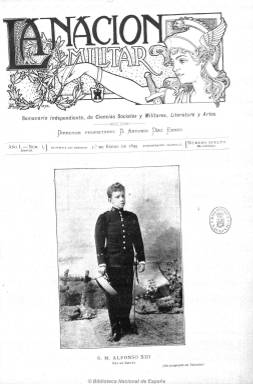
Título: La Nación militar
Colección: Fuerzas armadas
Ámbito geográfico: Madrid
Lugar de publicación: Madrid
Fechas: 01/01/1899-28/12/1912

Subtitulado “semanario independiente de ciencias sociales y militares, literatura y artes”, aparece tras el desastre que supuso la pérdida de las últimas colonias españolas (Cuba y Filipinas), con el fin de participar en el debate de la cuestión militar y su relación con la sociedad española, y para ejercer “un verdadero apostolado a favor del servicio militar obligatorio”, según señala su artículo de presentación, y a cuyo asunto dedicará numerosos artículos. Aunque también en su presentación cargará contra “los enciclopedistas modernos” a los que acusa de ser más “funestos” que los del siglo XVIII.

Dirigido por Antonio Díaz Benzo, se darán cita en esta publicación “distinguidos escritores y artistas militares y civiles”, como indica la leyenda que estampa junto a su cabecera, entre estos, Federico de Madariaga, Francisco Barado, Juan Pérez Zúñiga, Joaquín de la Llave Sierra, Gonzalo Reparaz, Carlos Luis de Cuenca, Antonio Sánchez Pérez, Eduardo de Palacio, Rafael de Valenzuela y Fernando Cadalso, entre otros. También Xauradó publicará dibujos humorísticos.

Ilustrado con fotografías y grabados de dibujos y estampas, en alguna ocasión utiliza el color en su portada. Publica artículos de fondo sobre cuestiones militares y su relación social, temas técnicos y de historia y biografía militar, tanto española como extranjera, que alternará con la creación literaria (narraciones y poemas) y la crítica teatral. También ofrecerá crónicas de actualidad militar sobre acontecimientos bélicos internacionales.

Tras la constitución del Tiro Nacional en 1900, se convertirá en órgano oficial de esta sociedad deportiva cívico-militar, y cambiará la fisonomía de la publicación, además de dedicarle gran espacio al calendario, programas, clasificaciones, crónicas y memoriales sobre sus competiciones y campeonatos, tanto los que se celebran en España como en el extranjero. Seguirá también publicando una revista militar, con noticias sobre la materia, y otras secciones, como la oficial y la bibliográfica, la de curiosidades y chirigotas. Asimismo publica un folletín y anuncios comerciales.

Salía los sábados en números de ocho páginas y cada tomo contiene un índice anual.